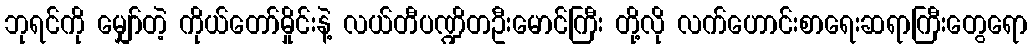
ဘုရင်ကို မျှော်တဲ့ ကိုယ်တော်မှိုင်းနဲ့ လယ်တီပဏ္ဍိတဦးမောင်ကြီး တို့လို လက်ဟောင်းစာရေးဆရာကြီးတွေရော